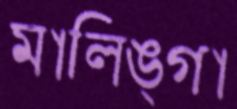
মালিঙ্গা